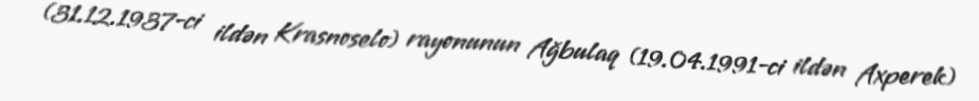
(31.12.1937-ci ildən Krasnoselo) rayonunun Ağbulaq (19.04.1991-ci ildən Axperek)